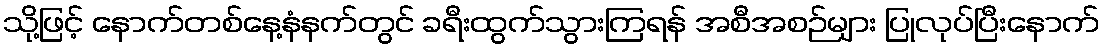
သို့ဖြင့် နောက်တစ်နေ့နံနက်တွင် ခရီးထွက်သွားကြရန် အစီအစဉ်များ ပြုလုပ်ပြီးနောက်